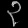
Digit: ၃